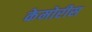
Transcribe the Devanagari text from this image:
केमोरीस